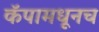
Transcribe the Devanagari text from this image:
कॅपामधूनच